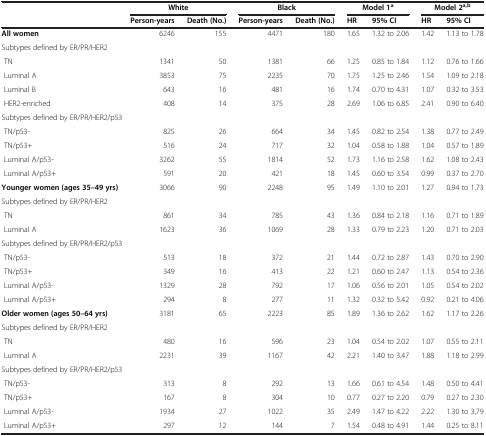
<table><thead><tr><td><b> </b></td><td colspan="2"><b>White</b></td><td colspan="2"><b>Black</b></td><td colspan="2"><b>Model 1<sup>a</sup></b></td><td colspan="2"><b>Model 2<sup>a,b</sup></b></td></tr><tr><td><b> </b></td><td><b>Person-years</b></td><td><b>Death (No.)</b></td><td><b>Person-years</b></td><td><b>Death (No.)</b></td><td><b>HR</b></td><td><b>95% CI</b></td><td><b>HR</b></td><td><b>95% CI</b></td></tr></thead><tbody><tr><td><b>All women</b></td><td>6246</td><td>155</td><td>4471</td><td>180</td><td>1.65</td><td>1.32 to 2.06</td><td>1.42</td><td>1.13 to 1.78</td></tr><tr><td colspan="2">Subtypes defined by ER/PR/HER2</td><td> </td><td> </td><td> </td><td> </td><td> </td><td> </td><td> </td></tr><tr><td> TN</td><td>1341</td><td>50</td><td>1381</td><td>66</td><td>1.25</td><td>0.85 to 1.84</td><td>1.12</td><td>0.76 to 1.66</td></tr><tr><td> Luminal A</td><td>3853</td><td>75</td><td>2235</td><td>70</td><td>1.75</td><td>1.25 to 2.46</td><td>1.54</td><td>1.09 to 2.18</td></tr><tr><td> Luminal B</td><td>643</td><td>16</td><td>481</td><td>16</td><td>1.74</td><td>0.70 to 4.31</td><td>1.07</td><td>0.32 to 3.53</td></tr><tr><td> HER2-enriched</td><td>408</td><td>14</td><td>375</td><td>28</td><td>2.69</td><td>1.06 to 6.85</td><td>2.41</td><td>0.90 to 6.40</td></tr><tr><td colspan="2">Subtypes defined by ER/PR/HER2/p53</td><td> </td><td> </td><td> </td><td> </td><td> </td><td> </td><td> </td></tr><tr><td> TN/p53-</td><td>825</td><td>26</td><td>664</td><td>34</td><td>1.45</td><td>0.82 to 2.54</td><td>1.38</td><td>0.77 to 2.49</td></tr><tr><td> TN/p53+</td><td>516</td><td>24</td><td>717</td><td>32</td><td>1.04</td><td>0.58 to 1.88</td><td>1.04</td><td>0.57 to 1.89</td></tr><tr><td> Luminal A/p53-</td><td>3262</td><td>55</td><td>1814</td><td>52</td><td>1.73</td><td>1.16 to 2.58</td><td>1.62</td><td>1.08 to 2.43</td></tr><tr><td> Luminal A/p53+</td><td>591</td><td>20</td><td>421</td><td>18</td><td>1.45</td><td>0.60 to 3.54</td><td>0.99</td><td>0.37 to 2.70</td></tr><tr><td><b>Younger women (ages 35–49 yrs)</b></td><td>3066</td><td>90</td><td>2248</td><td>95</td><td>1.49</td><td>1.10 to 2.01</td><td>1.27</td><td>0.94 to 1.73</td></tr><tr><td colspan="2">Subtypes defined by ER/PR/HER2</td><td> </td><td> </td><td> </td><td> </td><td> </td><td> </td><td> </td></tr><tr><td> TN</td><td>861</td><td>34</td><td>785</td><td>43</td><td>1.36</td><td>0.84 to 2.18</td><td>1.16</td><td>0.71 to 1.89</td></tr><tr><td> Luminal A</td><td>1623</td><td>36</td><td>1069</td><td>28</td><td>1.33</td><td>0.79 to 2.23</td><td>1.20</td><td>0.71 to 2.03</td></tr><tr><td colspan="2">Subtypes defined by ER/PR/HER2/p53</td><td> </td><td> </td><td> </td><td> </td><td> </td><td> </td><td> </td></tr><tr><td> TN/p53-</td><td>513</td><td>18</td><td>372</td><td>21</td><td>1.44</td><td>0.72 to 2.87</td><td>1.43</td><td>0.70 to 2.90</td></tr><tr><td> TN/p53+</td><td>349</td><td>16</td><td>413</td><td>22</td><td>1.21</td><td>0.60 to 2.47</td><td>1.13</td><td>0.54 to 2.36</td></tr><tr><td> Luminal A/p53-</td><td>1329</td><td>28</td><td>792</td><td>17</td><td>1.06</td><td>0.56 to 2.01</td><td>1.05</td><td>0.54 to 2.02</td></tr><tr><td> Luminal A/p53+</td><td>294</td><td>8</td><td>277</td><td>11</td><td>1.32</td><td>0.32 to 5.42</td><td>0.92</td><td>0.21 to 4.06</td></tr><tr><td><b>Older women (ages 50–64 yrs)</b></td><td>3181</td><td>65</td><td>2223</td><td>85</td><td>1.89</td><td>1.36 to 2.62</td><td>1.62</td><td>1.17 to 2.26</td></tr><tr><td colspan="2">Subtypes defined by ER/PR/HER2</td><td> </td><td> </td><td> </td><td> </td><td> </td><td> </td><td> </td></tr><tr><td> TN</td><td>480</td><td>16</td><td>596</td><td>23</td><td>1.04</td><td>0.54 to 2.02</td><td>1.07</td><td>0.55 to 2.11</td></tr><tr><td> Luminal A</td><td>2231</td><td>39</td><td>1167</td><td>42</td><td>2.21</td><td>1.40 to 3.47</td><td>1.88</td><td>1.18 to 2.99</td></tr><tr><td colspan="2">Subtypes defined by ER/PR/HER2/p53</td><td> </td><td> </td><td> </td><td> </td><td> </td><td> </td><td> </td></tr><tr><td> TN/p53-</td><td>313</td><td>8</td><td>292</td><td>13</td><td>1.66</td><td>0.61 to 4.54</td><td>1.48</td><td>0.50 to 4.41</td></tr><tr><td> TN/p53+</td><td>167</td><td>8</td><td>304</td><td>10</td><td>0.77</td><td>0.27 to 2.20</td><td>0.79</td><td>0.27 to 2.30</td></tr><tr><td> Luminal A/p53-</td><td>1934</td><td>27</td><td>1022</td><td>35</td><td>2.49</td><td>1.47 to 4.22</td><td>2.22</td><td>1.30 to 3.79</td></tr><tr><td> Luminal A/p53+</td><td>297</td><td>12</td><td>144</td><td>7</td><td>1.54</td><td>0.48 to 4.91</td><td>1.44</td><td>0.25 to 8.11</td></tr></tbody></table>